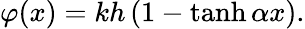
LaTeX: \varphi(x)=kh\left(1-\operatorname{tanh}\alpha x\right).